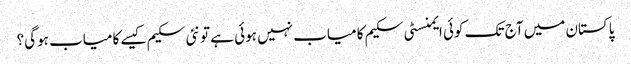
پاکستان میں آج تک کوئی ایمنسٹی سکیم کامیاب نہیں ہوئی ہے تو نئی سکیم کیسے کامیاب ہوگی؟